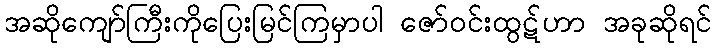
အဆိုကျော်ကြီးကိုပြေးမြင်ကြမှာပါ ဇော်ဝင်းထွဋ်ဟာ အခုဆိုရင်